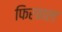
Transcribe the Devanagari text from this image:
फिरवाल